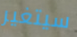
سيتغير